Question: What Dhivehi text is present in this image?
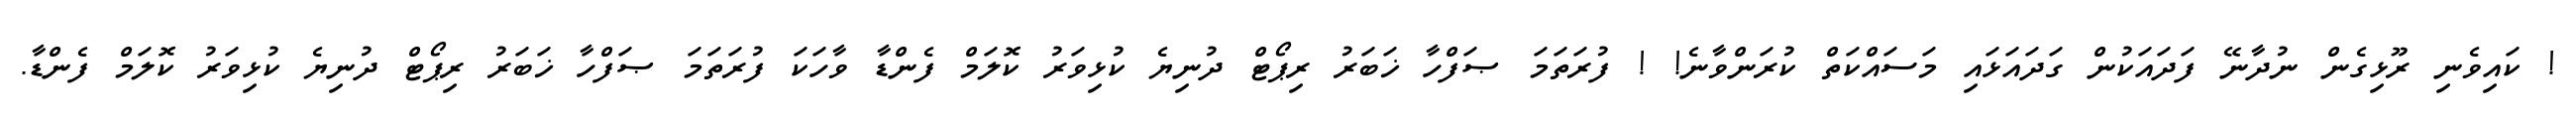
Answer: ! ކައިވެނި ރޫޅިގެން ނުދާނޭ ފަދައަކުން ގަދައަޅައި މަސައްކަތް ކުރަންވާނެ! ! ފުރަތަމަ ޞަފްހާ ޚަބަރު ރިޕޯޓް ދުނިޔެ ކުޅިވަރު ކޮލަމް ފެންޑާ ވާހަކަ ފުރަތަމަ ޞަފްހާ ޚަބަރު ރިޕޯޓް ދުނިޔެ ކުޅިވަރު ކޮލަމް ފެންޑާ.